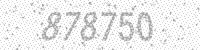
Solution: 878750